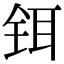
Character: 铒